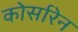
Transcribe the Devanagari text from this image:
कोर्सारेन